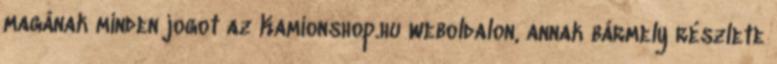
magának minden jogot az Kamionshop.hu weboldalon, annak bármely részlete